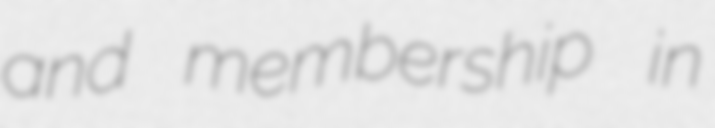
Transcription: and membership in